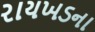
રાયખડના